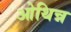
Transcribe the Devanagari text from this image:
ओथिन्न